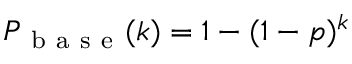
P _ { \mathrm { ~ b ~ a ~ s ~ e ~ } } ( k ) = 1 - ( 1 - p ) ^ { k }